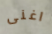
اغنى